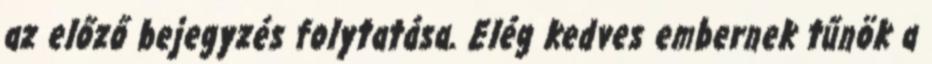
az előző bejegyzés folytatása. Elég kedves embernek tűnök a